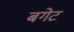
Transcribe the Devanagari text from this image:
बगेट